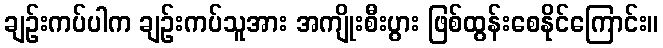
ချဉ်းကပ်ပါက ချဉ်းကပ်သူအား အကျိုးစီးပွား ဖြစ်ထွန်းစေနိုင်ကြောင်း။